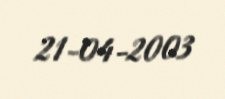
21-04-2003